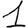
Digit: 1